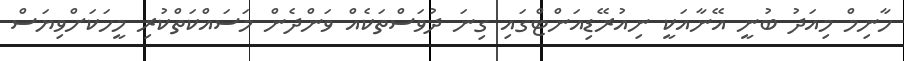
ހާނިމް މިއަދު ބުނީ އޭނާއަކީ ނިއުރޭޑިއަންޓްގައި ގިނަ ދުވަސްތަކެއް ވަންދެން މަސައްކަތްކުރި މީހަކަށްވިޔަސް